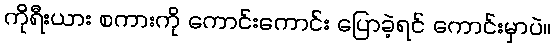
ကိုရီးယား စကားကို ကောင်းကောင်း ပြောခဲ့ရင် ကောင်းမှာပဲ။